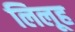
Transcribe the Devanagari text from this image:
लिलूह